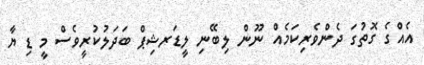
އެއްގެ ގޮތުގަ ދެންވެރިކަމެއް ނޫން ލިބޭނި ލީޑަރޝިޕް ބަދަލުކުރީވެސް މީ ޑި ޔާ